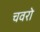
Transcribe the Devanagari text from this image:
चवरो